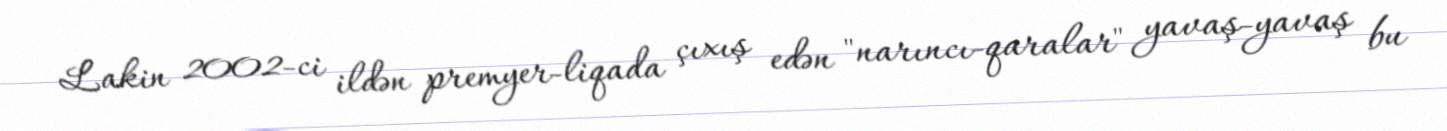
Lakin 2002-ci ildən premyer-liqada çıxış edən "narıncı-qaralar" yavaş-yavaş bu